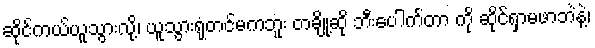
ဆိုင်ကယ်ယူသွားလို့၊ ယူသွားရုံတင်မကဘူး တချို့ဆို ဘီးပေါက်တာ ကို ဆိုင်ရှာမဖာဘဲနဲ့၊